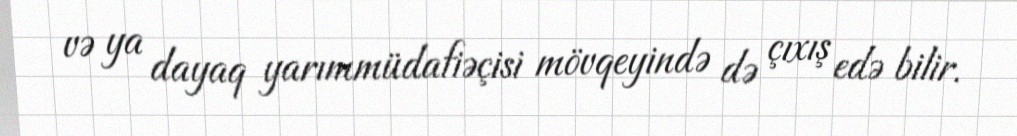
və ya dayaq yarımmüdafiəçisi mövqeyində də çıxış edə bilir.